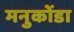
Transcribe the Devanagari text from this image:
मनुकोंडा